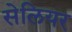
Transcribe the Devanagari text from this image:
सेलियर